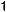
1